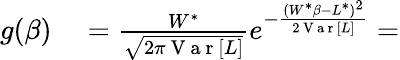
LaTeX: \begin{array}{rl}{g(\beta)}&{{}=\frac{W^{*}}{\sqrt{2\pi\mathrm{~V~a~r~}[L]}}e^{-\frac{(W^{*}\beta-L^{*})^{2}}{2\mathrm{~V~a~r~}[L]}}=}\end{array}